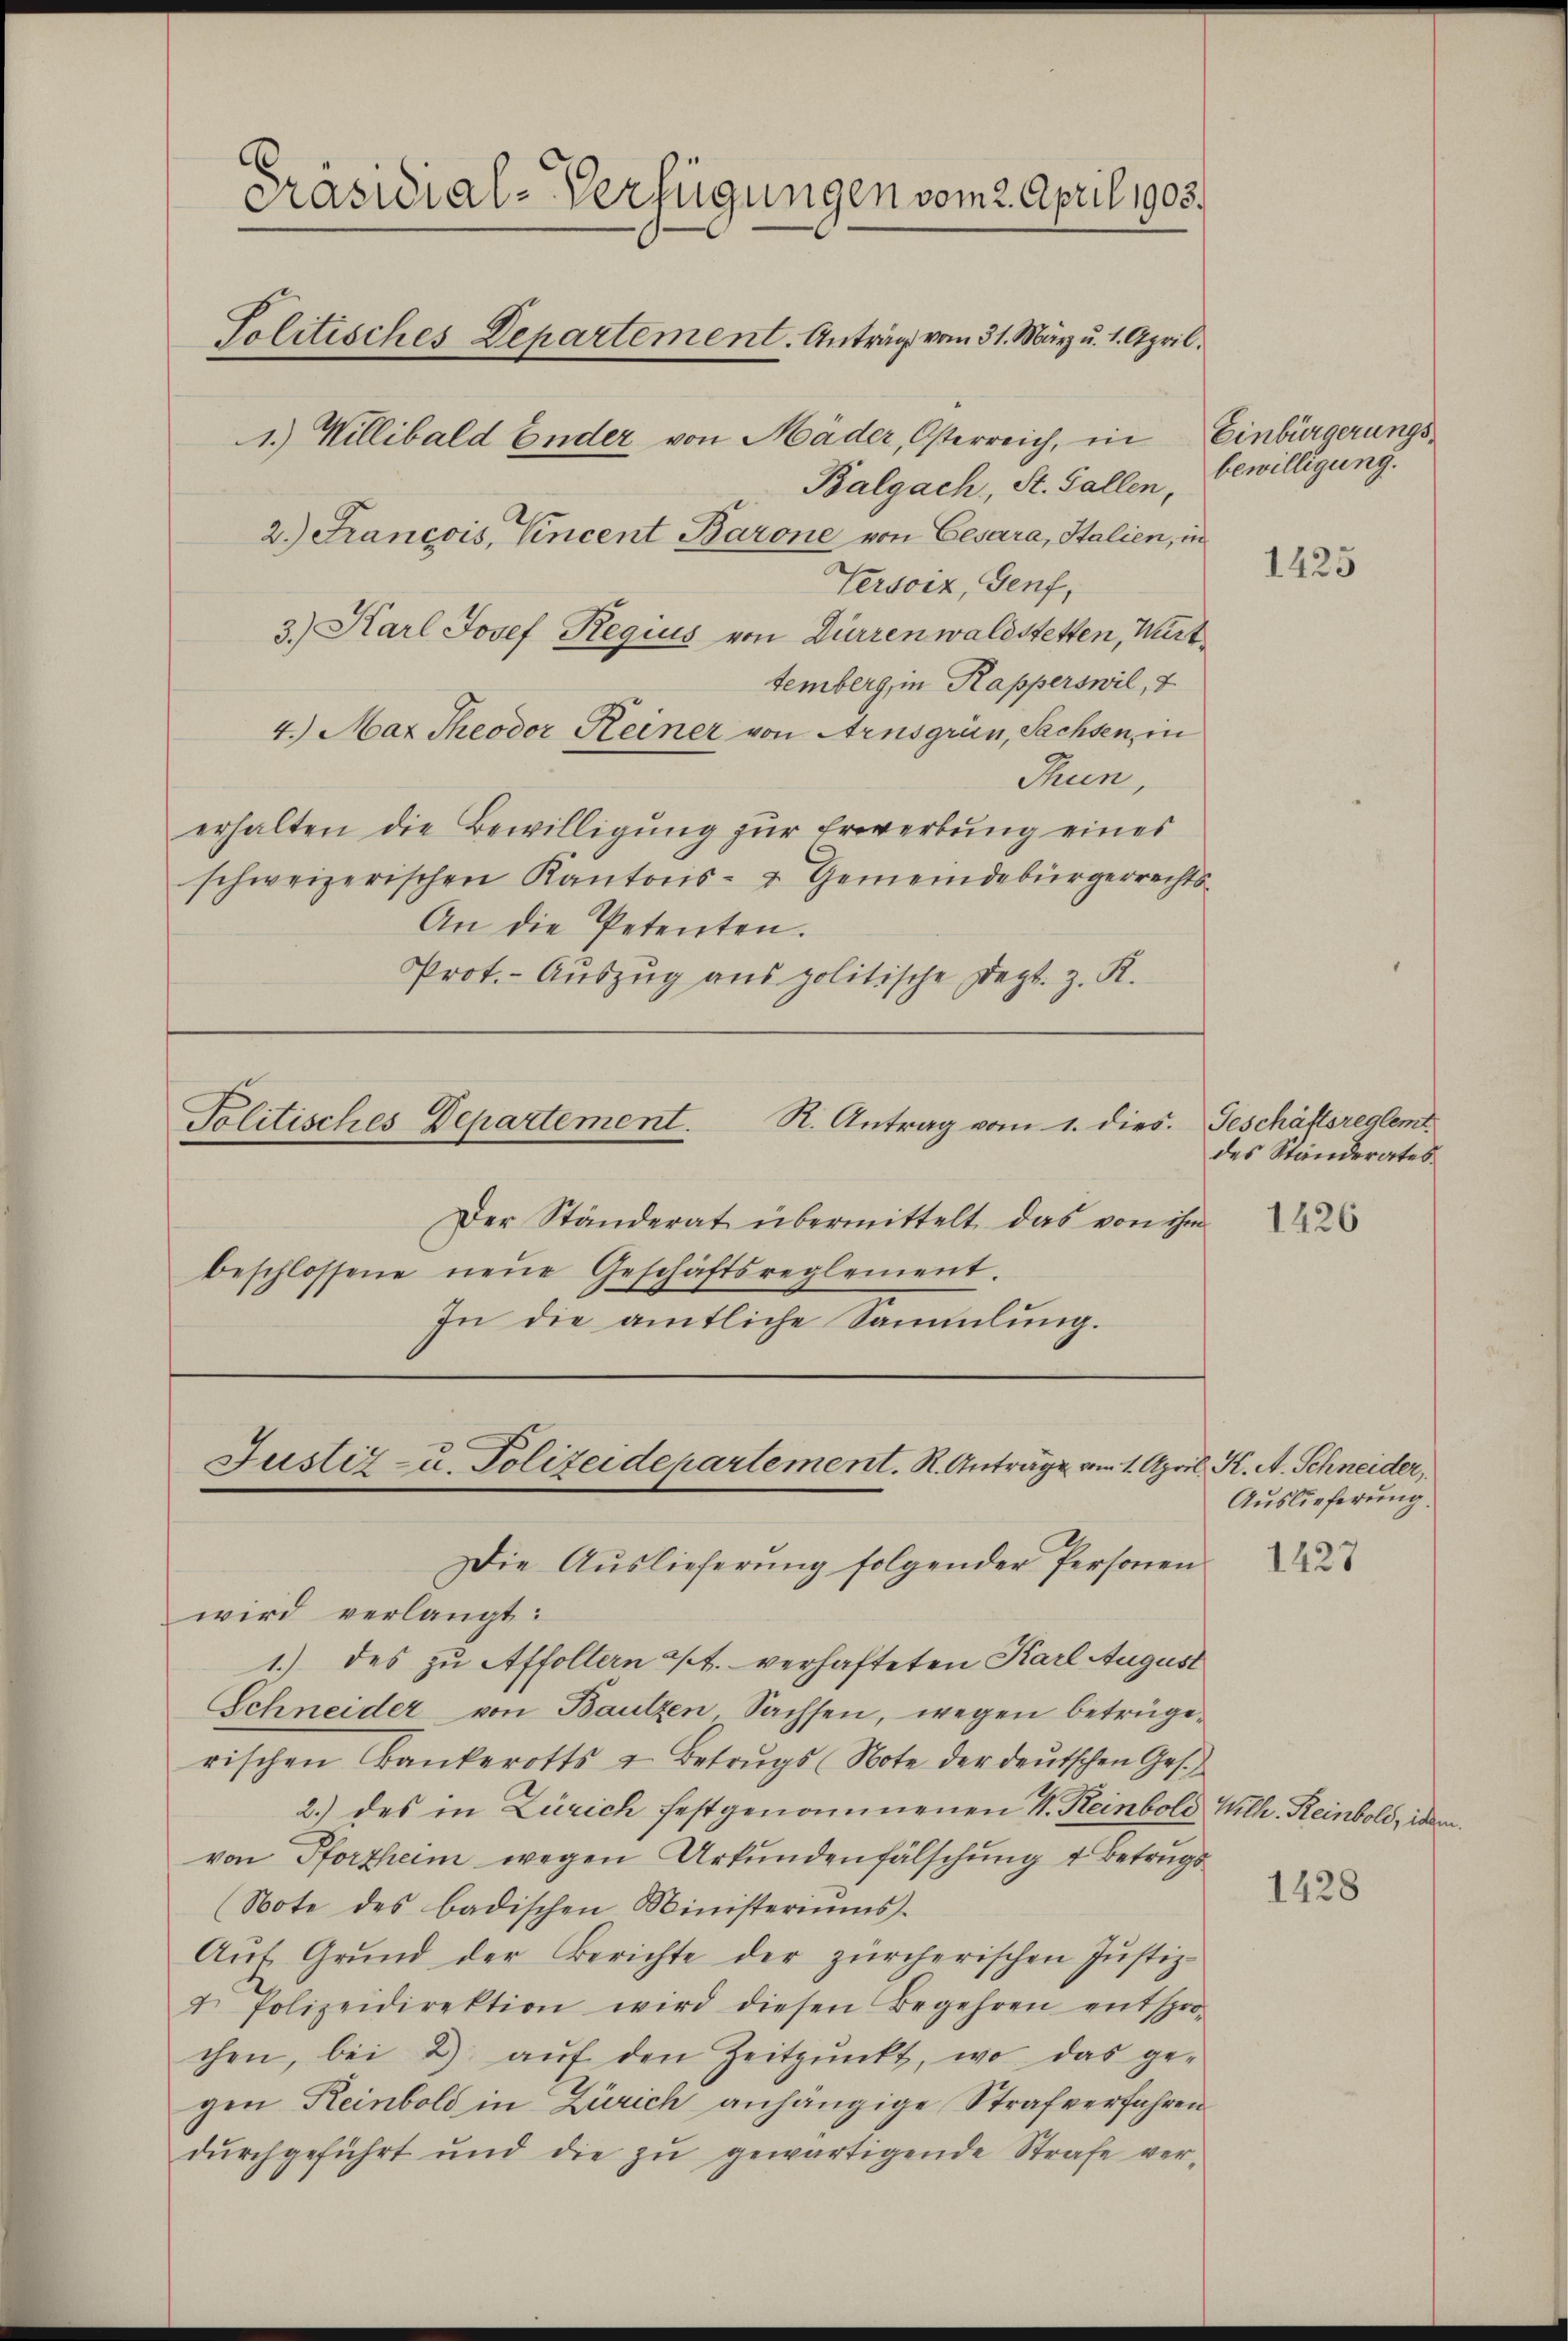
E
Präsidial-Verfügungen vom 2. April 1903.
Politisches Departement. Antrag vom 31. März u. 1. April.
1.) Willibald Ender von Mäder, Osterreich, in Einbürgerungs¬
Balgach, St. Gallen,
2.) Francois, Vincent Barone von Cesara, Italien, in

Versciz, Genf,
3.) Karl Josef Regius von Dürren waltstetten, Wirt
temberg, in Rapperswil,
4.) Maz Theodor Keiner von Arnsgrün, Sachsen, in
Thun,
erhalten die Bewilligung zur Erwerbung eines
schweizerischen Kantons- & Gemeindebürgerrechts
An die Petenten.
Prot. - Auszug aus politische Dept. z. K.

Politisches Departement. R. Antrag vom 1. dies. Geschäftsreglemt.

Justiz- u. Polizeidepartement. R. Anträge vom 1. April, K. A. Schneider,

bewilligung.

Der Ständerat übermittelt das von ihm
beschlossene neŭe Geschäftsreglement.
In die amtliche Sammlung.

Die Auslieferung folgender Personen
wird verlangt:
1.) des zu Affoltern a/A. verhafteten Karl August
Schneider von Bautzen Sachsen, wegen betrügerischen Bankerotts & Betrŭgs Note der deŭtschen Ges.
2.) des in Zürich festgenommenen S. Reinbold Wilh. Reinbold, idem
von Pforzheim wegen Urkundenfälschung 4 Betrugs
(Note des badischen Ministeriŭms.
Aŭf Grŭnd der Berichte der zürcherischen Jŭstiz-
4. Polizeidirektion wird diesen Begehren entspro-
chen, bei 2). aŭf den Zeitpŭnkt, wo das ge-
gen Reinbold in Zürich anhängige Strafverfahren
dŭrchgeführt und die zŭ gewärtigende Strafe ver-

1425

des Ständerates.

1426

Auslieferung.

1427

1428